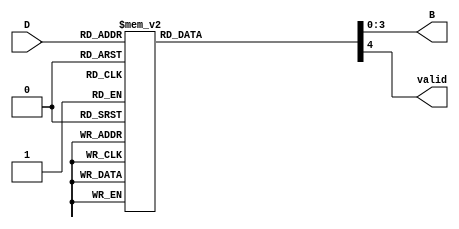
module DecimalToBinaryEncoder (
    input [3:0] D,      // 4-bit input representing decimal digits (0 to 9)
    output reg [3:0] B, // 4-bit binary output
    output reg valid    // Output indicating if the input is valid (0-9)
);

always @(*) begin
    // Default outputs
    B = 4'b0000; // Default binary output
    valid = 1'b0; // Default valid output

    case (D)
        4'b0001: begin B = 4'b0001; valid = 1'b1; end // 1
        4'b0010: begin B = 4'b0010; valid = 1'b1; end // 2
        4'b0011: begin B = 4'b0011; valid = 1'b1; end // 3
        4'b0100: begin B = 4'b0100; valid = 1'b1; end // 4
        4'b0101: begin B = 4'b0101; valid = 1'b1; end // 5
        4'b0110: begin B = 4'b0110; valid = 1'b1; end // 6
        4'b0111: begin B = 4'b0111; valid = 1'b1; end // 7
        4'b1000: begin B = 4'b1000; valid = 1'b1; end // 8
        4'b1001: begin B = 4'b1001; valid = 1'b1; end // 9
        default: begin 
            // If no valid input, keep B = 0000 and valid = 0
            B = 4'b0000; 
            valid = 1'b0;
        end
    endcase
end

endmodule